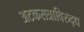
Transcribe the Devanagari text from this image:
अटकसत्राविरुद्ध